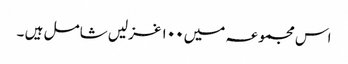
اس مجموعہ میں ۱۰۰ غزلیں شامل ہیں ۔